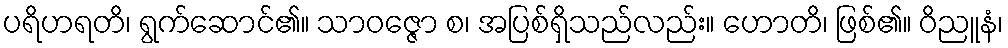
ပရိဟရတိ၊ ရွက်ဆောင်၏။ သာဝဇ္ဇော စ၊ အပြစ်ရှိသည်လည်း။ ဟောတိ၊ ဖြစ်၏။ ဝိညူနံ၊